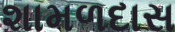
શામળદાસ